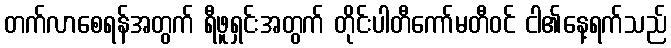
တက်လာစေရန်အတွက် ရီဖူရှင်းအတွက် တိုင်းပါတီကော်မတီဝင် ငါ၏နေ့ရက်သည်